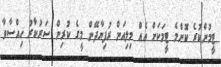
ޓީމުންކުރެ ކޮންމެ ޓީމަކަށް އެއް މިލިއަން ރުފިޔާދޭން މީގެ ކުރިން ސަރުކާރު ހިއްސާވާ